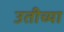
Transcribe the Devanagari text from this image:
उतीच्या